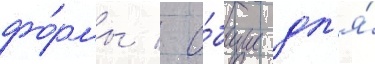
фо́рмы / о́бщие дл'я́